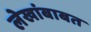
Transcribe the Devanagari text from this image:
लेखांबाबत